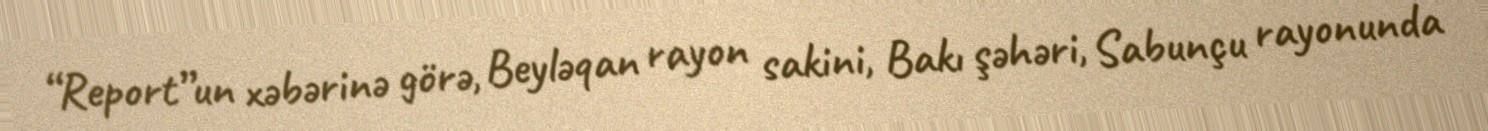
“Report”un xəbərinə görə, Beyləqan rayon sakini, Bakı şəhəri, Sabunçu rayonunda